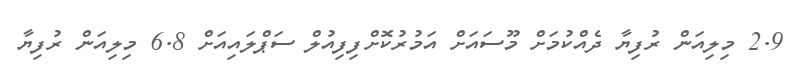
2.9 މިލިއަން ރުފިޔާ ދެއްކުމަށް މޫސައަށް އަމުރުކޮށްފިފިއުލް ސަޕްލައިއަށް 6.8 މިލިއަން ރުފިޔާ